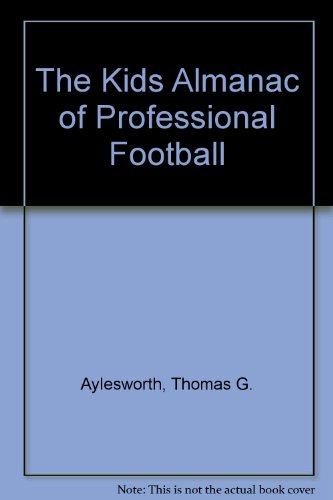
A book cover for The Kids Almanac of Professional Football; Thomas G. Aylesworth; Teen & Young Adult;